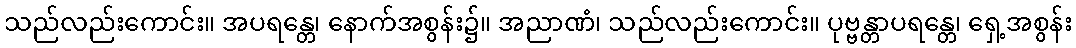
သည်လည်းကောင်း။ အပရန္တေ၊ နောက်အစွန်း၌။ အညာဏံ၊ သည်လည်းကောင်း။ ပုဗ္ဗန္တာပရန္တေ၊ ရှေ့အစွန်း